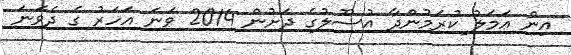
އިން ޢަމަލު ކުރަމުންދާ އުސޫލުގެ ދަށުން 2014 ވަނަ އަހަރު ގެ ދެވަނަ